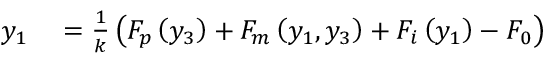
\begin{array} { r l } { y _ { 1 } } & { { } = \frac { 1 } { k } \left( F _ { p } \left( y _ { 3 } \right) + F _ { m } \left( y _ { 1 } , y _ { 3 } \right) + F _ { i } \left( y _ { 1 } \right) - F _ { 0 } \right) } \end{array}